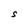
Character: S